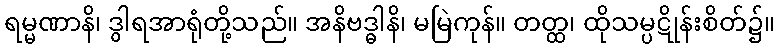
ရမ္မဏာနိ၊ ဒွါရအာရုံတို့သည်။ အနိဗဒ္ဓါနိ၊ မမြဲကုန်။ တတ္ထ၊ ထိုသမ္ပဋိုန်းစိတ်၌။